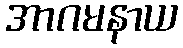
အာဂမနာယ